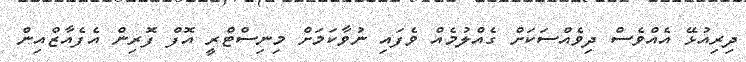
ދިރިއުޅޭ އެއްވެސް ދިވެއްސަކަށް ގެއްލުމެއް ވެފައި ނުވާކަމަށް މިނިސްޓްރީ އޮފް ފޮރިން އެފެއާޒްއިން